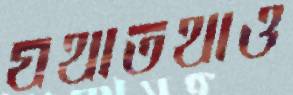
যথাতথাও